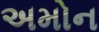
અમોન